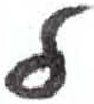
אות: ל